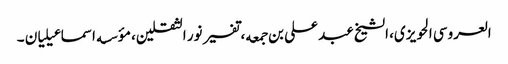
العروسی الحویزی، الشیخ عبد علی بن جمعه، تفسیر نور الثقلین، مؤسسه اسماعیلیان ۔